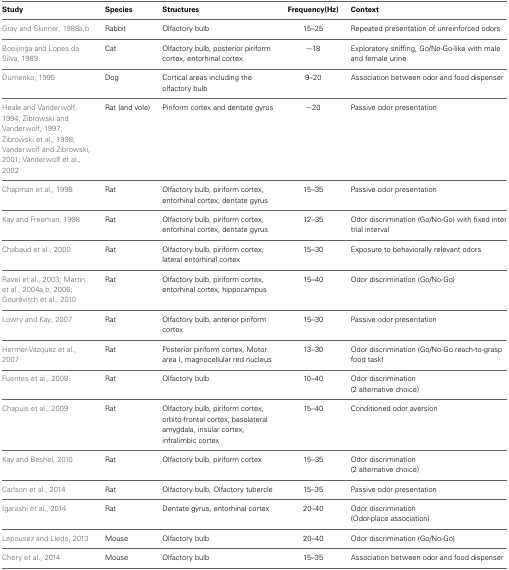
<table><thead><tr><td><b>Study</b></td><td><b>Species</b></td><td><b>Structures</b></td><td><b>Frequency (Hz)</b></td><td><b>Context</b></td></tr></thead><tbody><tr><td>Gray and Skinner, 1988a,b</td><td>Rabbit</td><td>Olfactory bulb</td><td>15–25</td><td>Repeated presentation of unreinforced odors</td></tr><tr><td>Boeijinga and Lopes da Silva, 1989</td><td>Cat</td><td>Olfactory bulb, posterior piriform cortex, entorhinal cortex</td><td>~18</td><td>Exploratory sniffing, Go/No-Go-like with male and female urine</td></tr><tr><td>Dumenko, 1995</td><td>Dog</td><td>Cortical areas including the olfactory bulb</td><td>9–20</td><td>Association between odor and food dispenser</td></tr><tr><td>Heale and Vanderwolf, 1994; Zibrowski and Vanderwolf, 1997; Zibrowski et al., 1998; Vanderwolf and Zibrowski, 2001; Vanderwolf et al., 2002</td><td>Rat (and vole)</td><td>Piriform cortex and dentate gyrus</td><td>~20</td><td>Passive odor presentation</td></tr><tr><td>Chapman et al., 1998</td><td>Rat</td><td>Olfactory bulb, piriform cortex, entorhinal cortex, dentate gyrus</td><td>15–35</td><td>Passive odor presentation</td></tr><tr><td>Kay and Freeman, 1998</td><td>Rat</td><td>Olfactory bulb, piriform cortex, entorhinal cortex, dentate gyrus</td><td>12–35</td><td>Odor discrimination (Go/No-Go) with fixed inter trial interval</td></tr><tr><td>Chabaud et al., 2000</td><td>Rat</td><td>Olfactory bulb, piriform cortex, lateral entorhinal cortex</td><td>15–30</td><td>Exposure to behaviorally relevant odors</td></tr><tr><td>Ravel et al., 2003; Martin et al., 2004a,b, 2006; Gourévitch et al., 2010</td><td>Rat</td><td>Olfactory bulb, piriform cortex, entorhinal cortex, hippocampus</td><td>15–40</td><td>Odor discrimination (Go/No-Go)</td></tr><tr><td>Lowry and Kay, 2007</td><td>Rat</td><td>Olfactory bulb, anterior piriform cortex</td><td>15–30</td><td>Passive odor presentation</td></tr><tr><td>Hermer-Vazquez et al., 2007</td><td>Rat</td><td>Posterior piriform cortex, Motor area I, magnocellular red nucleus</td><td>13–30</td><td>Odor discrimination (Go/No-Go reach-to-grasp food task)</td></tr><tr><td>Fuentes et al., 2008</td><td>Rat</td><td>Olfactory bulb</td><td>10–40</td><td>Odor discrimination (2 alternative choice)</td></tr><tr><td>Chapuis et al., 2009</td><td>Rat</td><td>Olfactory bulb, piriform cortex, orbito-frontal cortex, basolateral amygdala, insular cortex, infralimbic cortex</td><td>15–40</td><td>Conditioned odor aversion</td></tr><tr><td>Kay and Beshel, 2010</td><td>Rat</td><td>Olfactory bulb, piriform cortex</td><td>15–35</td><td>Odor discrimination (2 alternative choice)</td></tr><tr><td>Carlson et al., 2014</td><td>Rat</td><td>Olfactory bulb, Olfactory tubercle</td><td>15–35</td><td>Passive odor presentation</td></tr><tr><td>Igarashi et al., 2014</td><td>Rat</td><td>Dentate gyrus, entorhinal cortex</td><td>20–40</td><td>Odor discrimination (Odor-place association)</td></tr><tr><td>Lepousez and Lledo, 2013</td><td>Mouse</td><td>Olfactory bulb</td><td>20–40</td><td>Odor discrimination (Go/No-Go)</td></tr><tr><td>Chery et al., 2014</td><td>Mouse</td><td>Olfactory bulb</td><td>15–35</td><td>Association between odor and food dispenser</td></tr></tbody></table>